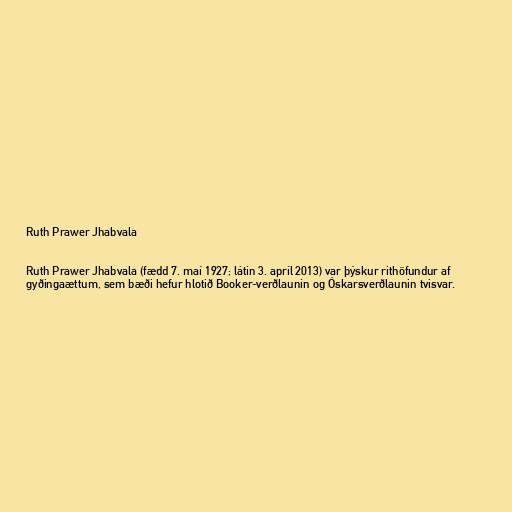
Ruth Prawer Jhabvala

Ruth Prawer Jhabvala (fædd 7. maí 1927; látin 3. apríl 2013) var þýskur rithöfundur af
gyðingaættum, sem bæði hefur hlotið Booker-verðlaunin og Óskarsverðlaunin tvisvar.